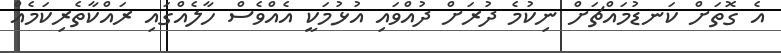
އެ ގޮތަށް ކަނޑުމައްޗަށް ނިކުމެ ދުރަށް ދުއްވައި އުޅުމަކީ އެއްވެސް ހާލެއްގައި ރައްކާތެރިކަމެއް